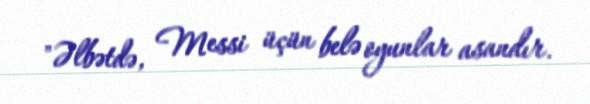
"Əlbətdə, Messi üçün belə oyunlar asandır.